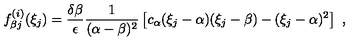
f _ { \beta j } ^ { ( i ) } ( \xi _ { j } ) = \frac { \delta \beta } { \epsilon } \frac { 1 } { ( \alpha - \beta ) ^ { 2 } } \left[ c _ { \alpha } ( \xi _ { j } - \alpha ) ( \xi _ { j } - \beta ) - ( \xi _ { j } - \alpha ) ^ { 2 } \right] \ ,